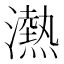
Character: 𪷴